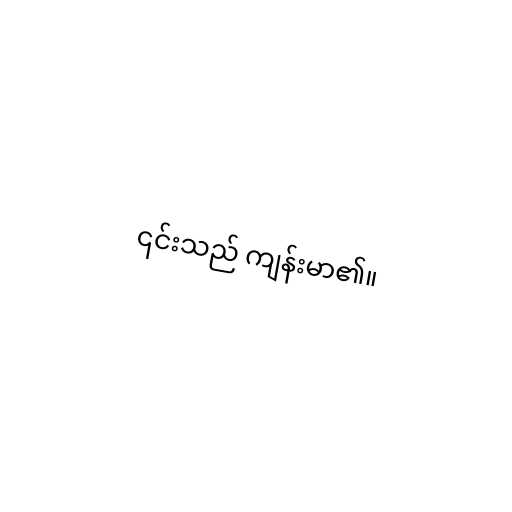
၎င်းသည် ကျန်းမာ၏။